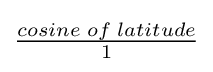
{\begin{matrix}{\frac {cosine\;of\;latitude}{1}}\end{matrix}}